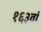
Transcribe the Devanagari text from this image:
१६३वां